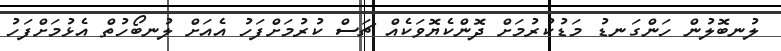
ލުނބޮލުން ހަންގަނޑު މަޑުކުރުމަށް ދޮންކެޔޮވަކެއް ޗަސް ކުރުމަށްފަހު އެއަށް ލުނބޯހުތް އެޅުމަށްފަހު